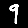
Digit: 9